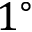
1 ^ { \circ }